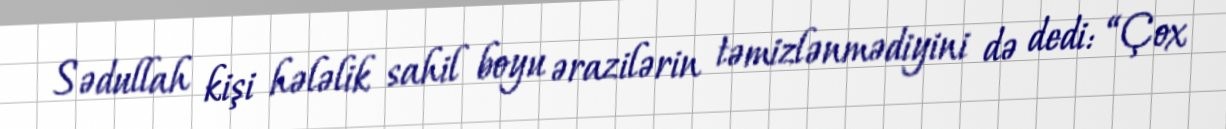
Sədullah kişi hələlik sahil boyu ərazilərin təmizlənmədiyini də dedi: “Çox